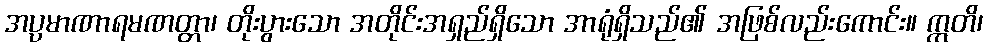
အပ္ပမာဏာရမဏတ္တာ၊ တိုးပွားသော အတိုင်းအရှည်ရှိသော အာရုံရှိသည်၏ အဖြစ်လည်းကောင်း။ ဣတိ၊